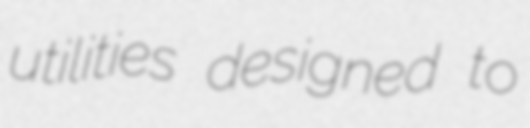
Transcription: utilities designed to